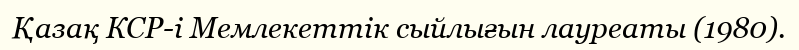
Қазақ КСР-і Мемлекеттік сыйлығын лауреаты (1980).